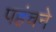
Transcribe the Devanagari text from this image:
पहंचने